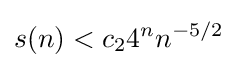
s(n)<c_{2}4^{n}n^{-5/2}